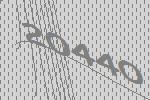
20440